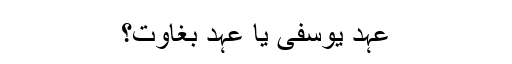
عہد یوسفی یا عہد بغاوت؟